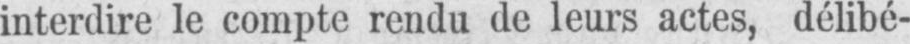
interdire le compte rendu de leurs actes, délibé-